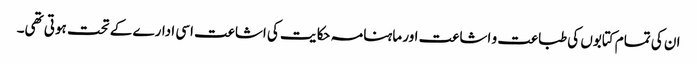
ان کی تمام کتابوں کی طباعت و اشاعت اور ماہنامہ حکایت کی اشاعت اسی ادارے کے تحت ہوتی تھی۔